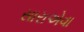
સારાએવા